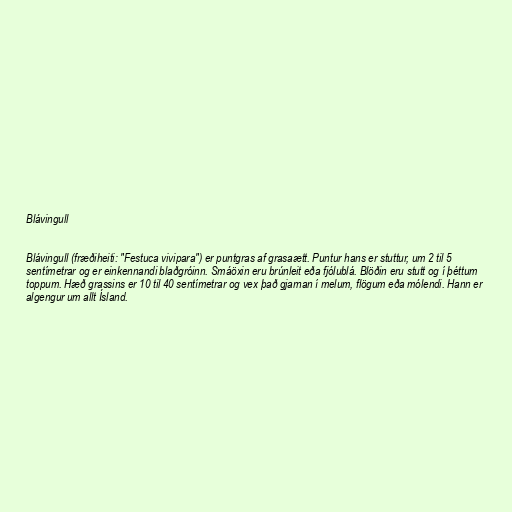
Blávingull

Blávingull (fræðiheiti: "Festuca vivipara") er puntgras af grasaætt. Puntur hans er stuttur, um 2 til 5
sentímetrar og er einkennandi blaðgróinn. Smáöxin eru brúnleit eða fjólublá. Blöðin eru stutt og í þéttum
toppum. Hæð grassins er 10 til 40 sentímetrar og vex það gjarnan í melum, flögum eða mólendi. Hann er
algengur um allt Ísland.